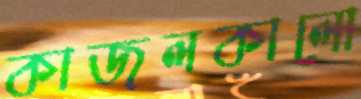
কাজলকালো